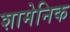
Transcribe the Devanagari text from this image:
शामेनिक